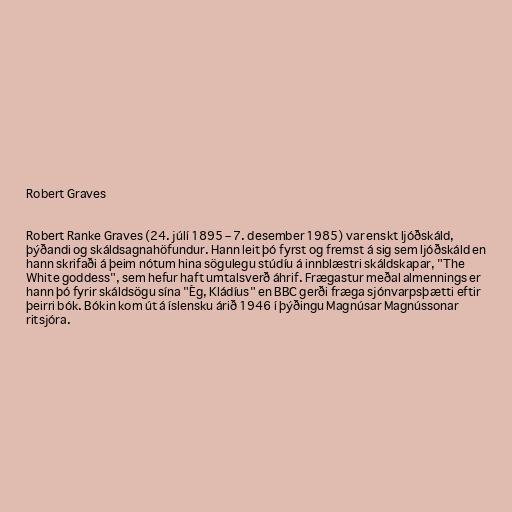
Robert Graves

Robert Ranke Graves (24. júlí 1895 – 7. desember 1985) var enskt ljóðskáld,
þýðandi og skáldsagnahöfundur. Hann leit þó fyrst og fremst á sig sem ljóðskáld en
hann skrifaði á þeim nótum hina sögulegu stúdíu á innblæstri skáldskapar, "The
White goddess", sem hefur haft umtalsverð áhrif. Frægastur meðal almennings er
hann þó fyrir skáldsögu sína "Ég, Kládíus" en BBC gerði fræga sjónvarpsþætti eftir
þeirri bók. Bókin kom út á íslensku árið 1946 í þýðingu Magnúsar Magnússonar
ritsjóra.